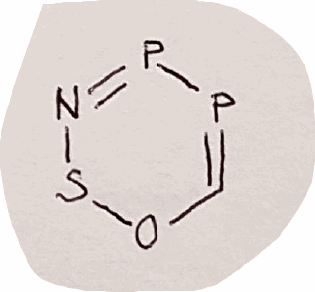
Simplified molecular-input line-entry system (SMILES) notation of the given molecule:
C1=PP=NSO1